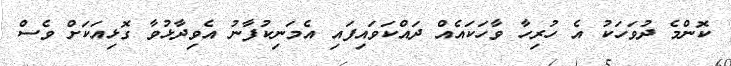
ކޮންމެ ދުވަހަކު އެ ހުރިހާ ވާހަކައެއް ދައްކަވައިފައި އެމަނިކުފާނު އެވިދާޅުވާ ގޮޅިއަކަށް ވެސް